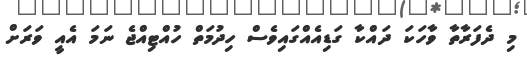
މި ދެފަރާތާ ވާހަކަ ދައްކާ ގަޑިއެއްގައިވެސް ހިދުމަތް ހުއްޓިއްޖެ ނަމަ އެއީ ވަރަށް